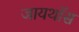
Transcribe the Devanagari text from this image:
जायथॉस